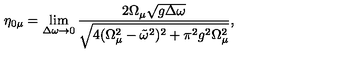
\eta _ { 0 \mu } = \lim _ { \Delta \omega \to 0 } \frac { 2 \Omega _ { \mu } \sqrt { g \Delta \omega } } { \sqrt { 4 ( \Omega _ { \mu } ^ { 2 } - \tilde { \omega } ^ { 2 } ) ^ { 2 } + \pi ^ { 2 } g ^ { 2 } \Omega _ { \mu } ^ { 2 } } } ,